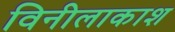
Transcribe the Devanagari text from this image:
विनीलाकाश